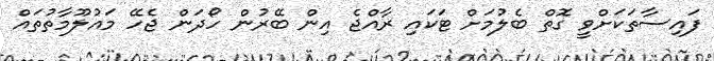
ފައިސާތަކަށްވީ ގޮތް ބެލުމަށް ޓަކައި ރާއްޖެ އިން ބޭރުން ހޯދަން ޖެހޭ މައުލޫމާތުތައް